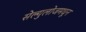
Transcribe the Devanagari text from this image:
सेल्युलोजमधून